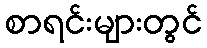
စာရင်းများတွင်